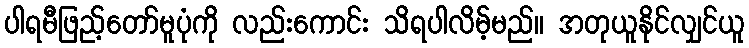
ပါရမီဖြည့်တော်မူပုံကို လည်းကောင်း သိရပါလိမ့်မည်။ အတုယူနိုင်လျှင်ယူ